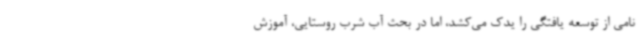
نامی از توسعه یافتگی را یدک‌ می‌کشد، اما در بحث آب شرب روستایی، آموزش